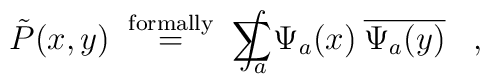
\tilde{P}(x,y) \;\stackrel{\mbox{\scriptsize{formally}}}{=}\;        \sum \!\!\!\!\!\!\!\int_a \Psi_a(x) \:         \overline{\Psi_a(y)} \;\;\; ,